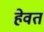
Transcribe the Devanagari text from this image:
हेवत